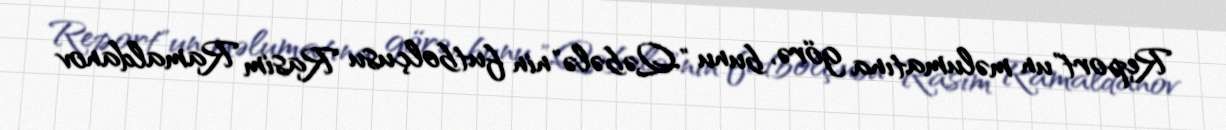
Report"un məlumatına görə, bunu "Qəbələ"nin futbolçusu Rasim Ramaldanov